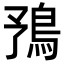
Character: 𩿎